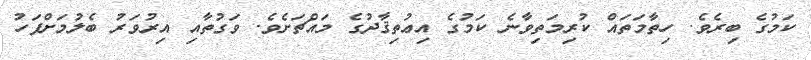
ކަމުގެ ބިރެވެ. ހިތާމަތައް ކުރިމަތިވާނެ ކަމުގެ އިޢުތިޤާދުގެ މައްޗަށެވެ. ވަގުތާއި އިރުވަރު ބެލުމަށްފަހު